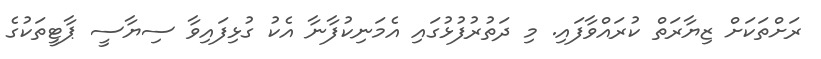
ރަށްތަކަށް ޒިޔާރަތް ކުރައްވާފައި. މި ދަތުރުފުޅުގައި އެމަނިކުފާނާ އެކު ގުޅިފައިވާ ސިޔާސީ ޕާޓީތަކުގެ